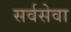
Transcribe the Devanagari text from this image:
सर्वसेवा